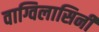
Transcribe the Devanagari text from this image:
वाग्विलासिनी